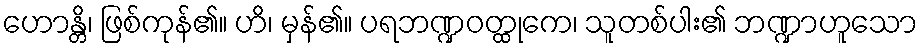
ဟောန္တိ၊ ဖြစ်ကုန်၏။ ဟိ၊ မှန်၏။ ပရဘဏ္ဍဝတ္ထုကေ၊ သူတစ်ပါး၏ ဘဏ္ဍာဟူသော